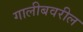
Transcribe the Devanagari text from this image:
गालीबवरील